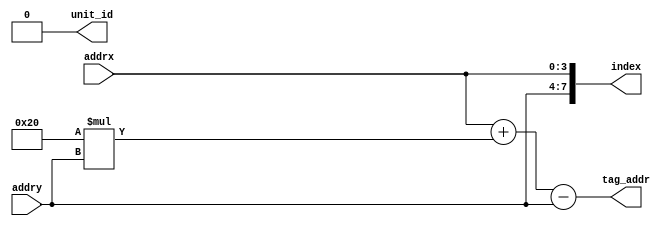
// ---------------------------------------------------------------------------
//  Jelly  -- The platform for real-time computing
//
//                                 Copyright (C) 2008-2018 by Ryuji Fuchikami
//                                 https://github.com/ryuz/jelly.git
// ---------------------------------------------------------------------------



`timescale 1ns / 1ps
`default_nettype none


module jelly_texture_cache_tag_addr
        #(
            parameter   PARALLEL_SIZE  = 0,                                         // 0:1, 1:2, 2:4, 2:4, 3:8 ....
            parameter   ALGORITHM      = PARALLEL_SIZE > 0 ? "SUDOKU" : "TWIST",    // "NORMAL", "SUDOKU", "TWIST"
            
            parameter   ADDR_X_WIDTH   = 4,
            parameter   ADDR_Y_WIDTH   = 4,
            parameter   TAG_ADDR_WIDTH = 6,
            parameter   INDEX_WIDTH    = ALGORITHM == "NORMAL" ? ADDR_Y_WIDTH + ADDR_X_WIDTH - TAG_ADDR_WIDTH : ADDR_Y_WIDTH + ADDR_X_WIDTH,
            
            // local
            parameter   ID_WIDTH       = PARALLEL_SIZE  > 0 ? PARALLEL_SIZE  : 1,
            parameter   TAG_ADDR_BITS  = TAG_ADDR_WIDTH > 0 ? TAG_ADDR_WIDTH : 1
        )
        (
            input   wire    [ADDR_X_WIDTH-1:0]      addrx,
            input   wire    [ADDR_Y_WIDTH-1:0]      addry,
            
            output  wire    [ID_WIDTH-1:0]          unit_id,
            output  wire    [TAG_ADDR_BITS-1:0]     tag_addr,
            output  wire    [INDEX_WIDTH-1:0]       index
        );
    
    localparam  SHUFFLE_WIDTH    = PARALLEL_SIZE + TAG_ADDR_WIDTH;
    localparam  HALF_ADDR_WIDTH  = TAG_ADDR_WIDTH / 2;
    localparam  TWIST_OFFSET     = (1 << (PARALLEL_SIZE + TAG_ADDR_WIDTH - 1));
    
    localparam  HALF1_ADDR_WIDTH = (TAG_ADDR_WIDTH + 1) / 2;
    localparam  HALF1_ADDR_BITS  = HALF1_ADDR_WIDTH > 0 ? HALF1_ADDR_WIDTH : 1;
    localparam  HALF2_ADDR_WIDTH = TAG_ADDR_WIDTH - HALF1_ADDR_WIDTH;
    localparam  HALF2_ADDR_BITS  = HALF2_ADDR_WIDTH > 0 ? HALF2_ADDR_WIDTH : 1;
    
    generate
    if ( ALGORITHM == "SUDOKU" ) begin : blk_sudoku
        wire    [SHUFFLE_WIDTH-1:0]     shuffle_x    = addrx;
        wire    [SHUFFLE_WIDTH-1:0]     shuffle_y    = addry;
        
        wire    [SHUFFLE_WIDTH-1:0]     shuffle_addr = (({shuffle_y, shuffle_y} >> HALF_ADDR_WIDTH) + shuffle_x);
        
        assign unit_id  = PARALLEL_SIZE > 0 ? shuffle_addr : 0;
        assign tag_addr = (shuffle_addr >> PARALLEL_SIZE);
        assign index    = {addry, addrx};
    end
    else if ( ALGORITHM == "TWIST" ) begin : blk_twist
        wire    [SHUFFLE_WIDTH-1:0]     shuffle_addr = addrx + (TWIST_OFFSET * addry) - addry;
        
        assign unit_id  = PARALLEL_SIZE > 0 ? shuffle_addr : 0;
        assign tag_addr = (shuffle_addr >> PARALLEL_SIZE);
        assign index    = {addry, addrx};
    end
    else if ( ALGORITHM == "NORMAL" ) begin : blk_normal
        wire    [SHUFFLE_WIDTH-1:0]     shuffle_addr = addrx + (TWIST_OFFSET * addry) - addry;
        
        wire    [HALF1_ADDR_BITS-1:0]   tag_addr_x = addrx & ((1 << HALF1_ADDR_WIDTH) - 1);
        wire    [HALF2_ADDR_BITS-1:0]   tag_addr_y = addry & ((1 << HALF2_ADDR_WIDTH) - 1);
        wire    [INDEX_WIDTH-1:0]       index_x    = addrx >> HALF1_ADDR_WIDTH;
        wire    [INDEX_WIDTH-1:0]       index_y    = addry >> HALF2_ADDR_WIDTH;
        
        assign unit_id  = PARALLEL_SIZE > 0 ? shuffle_addr : 0;
        assign tag_addr = ((tag_addr_y << HALF1_ADDR_WIDTH) | tag_addr_x);
        assign index    = ((index_y << (ADDR_X_WIDTH - HALF1_ADDR_WIDTH)) | index_x);
    end
    endgenerate
    
endmodule



`default_nettype wire


// end of file